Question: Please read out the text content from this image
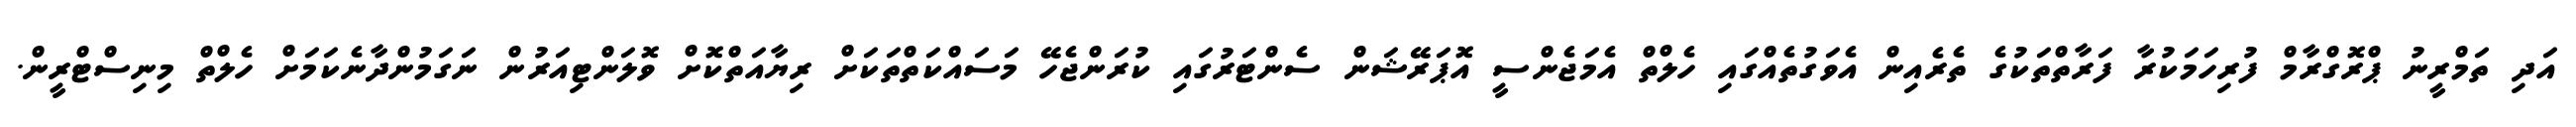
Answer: އަދި ތަމްރީނު ޕްރޮގްރާމް ފުރިހަމަކުރާ ފަރާތްތަކުގެ ތެރެއިން އެވަގުތެއްގައި ހެލްތް އެމަޖެންސީ އޮޕަރޭޝަން ސެންޓަރުގައި ކުރަންޖެހޭ މަސައްކަތްތަކަށް ރިޔާއަތްކޮށް ވޮލަންޓިއަރުން ނަގަމުންދާނެކަމަށް ހެލްތް މިނިސްޓްރީން.